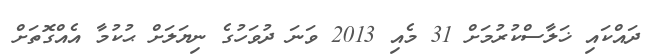
ދައްކައި ޚަލާސްކުރުމަށް 31 މެއި 2013 ވަނަ ދުވަހުގެ ނިޔަލަށް ޙުކުމާ އެއްގޮތަށް